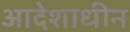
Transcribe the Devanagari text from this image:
आदेशाधीन